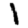
Digit: 1